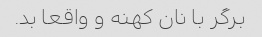
برگر با نان کهنه و واقعا بد.